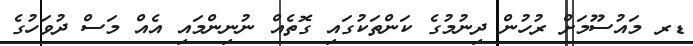
ޑރ މައުސޫމަށް ރުހުން ދިނުމުގެ ކަންތަކުގައި ގޮތެއް ނުނިންމައި އެއް މަސް ދުވަހުގެ